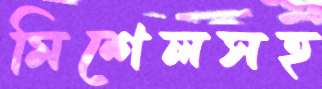
মিশেলসহ